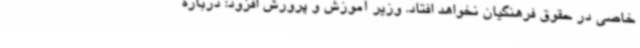
خاصی در حقوق فرهنگیان نخواهد افتاد. وزیر آموزش و پرورش افزود: درباره